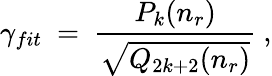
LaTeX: \gamma_{fit}\ =\ \frac{P_{k}(n_{r})}{\sqrt{Q_{2k+2}(n_{r})}}\ ,